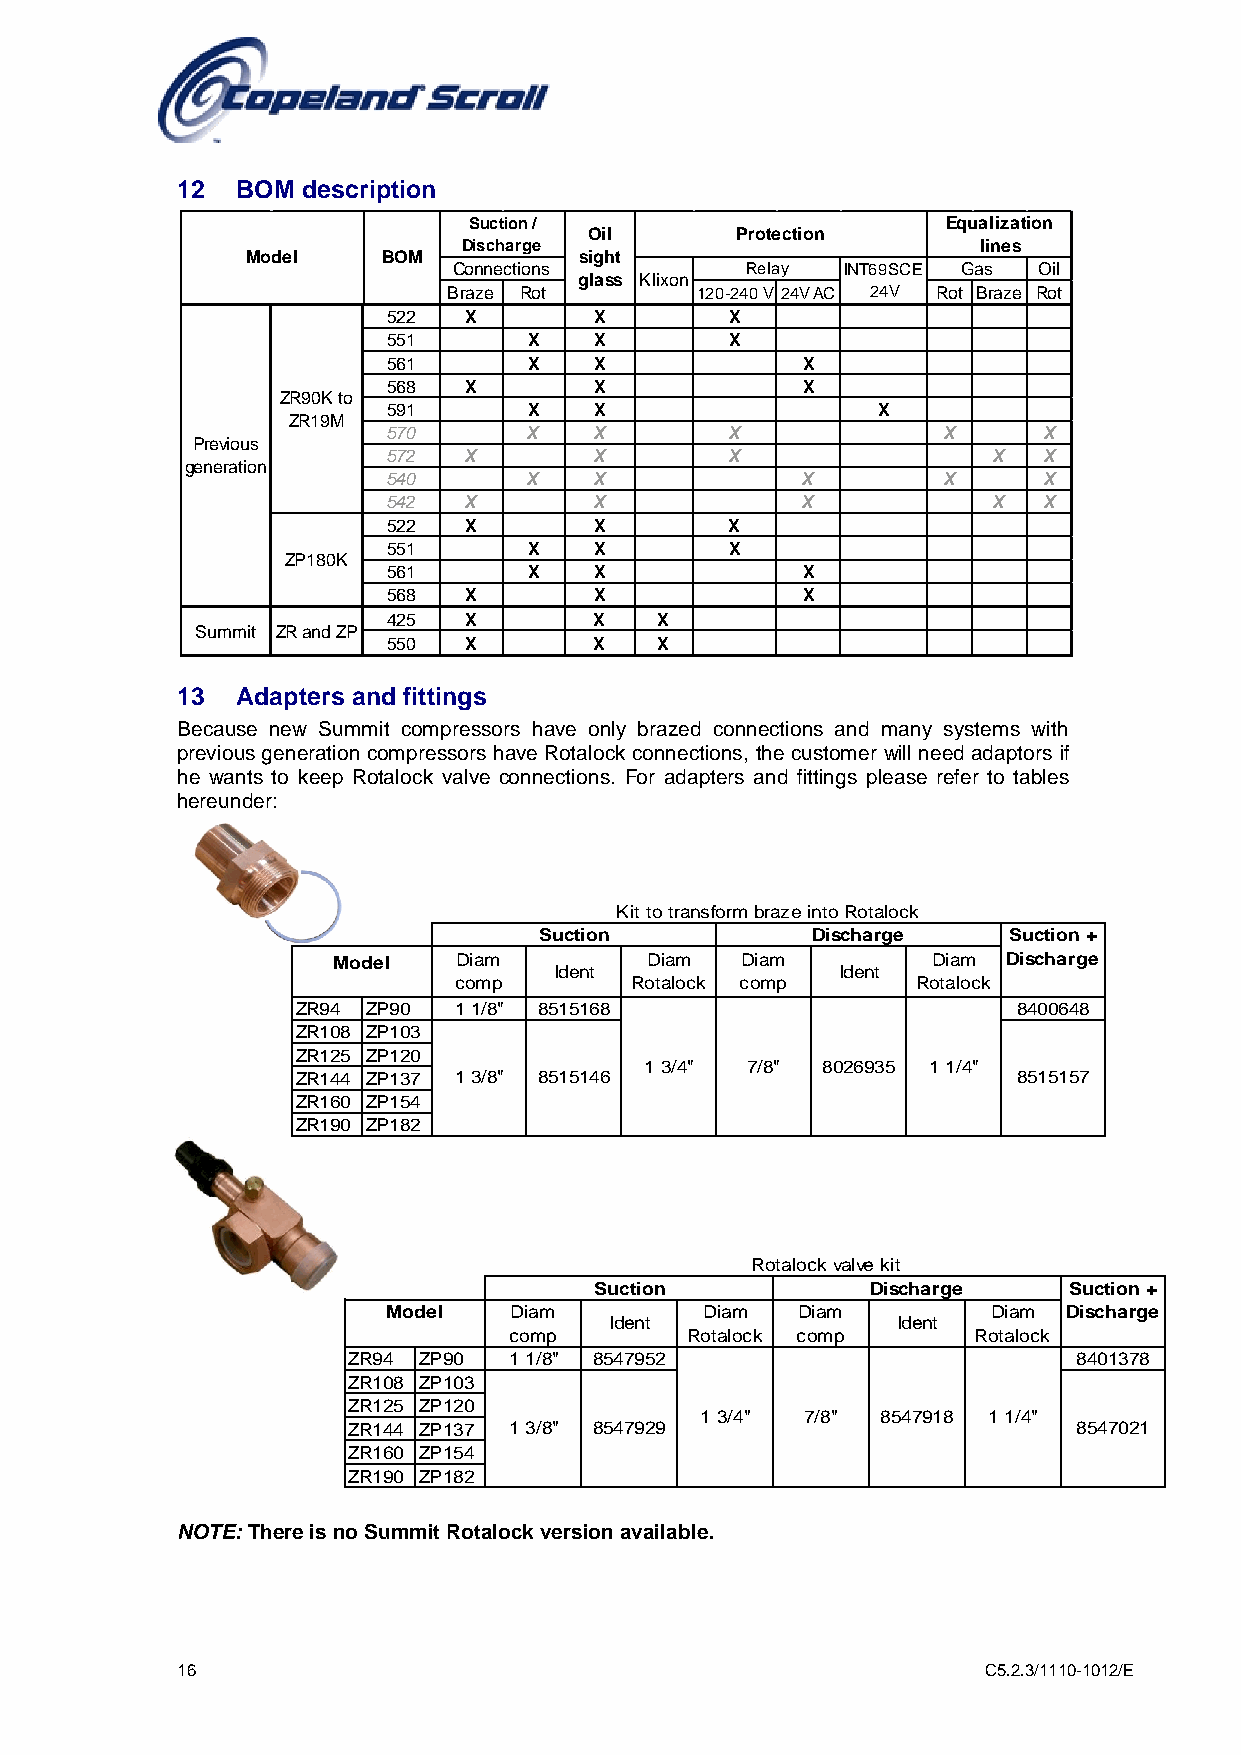
12  BOM description
 Suction /                       Equalization
 Oil       Protection
 Discharge                         lines
 Model    BOM          sight
 Connections        Relay  INT69SCE Gas Oil
 glass Klixon
 Braze Rot       120-240 V 24V AC 24V Rot Braze Rot
 522  X       X        X
 551      X   X        X
 561      X   X             X
 568  X       X             X
 ZR90K to
 591      X   X                  X
 ZR19M
 570      X   X        X             X      X
 Previous
 572  X       X        X                 X  X
 generation
 540      X   X             X        X      X
 542  X       X             X            X  X
 522  X       X        X
 551      X   X        X
 ZP180K
 561      X   X             X
 568  X       X             X
 425  X       X   X
 Summit ZR and ZP
 550  X       X   X
 13  Adapters and fittings
 Because new Summit compressors have only brazed connections and many systems with
 previous generation compressors have Rotalock connections, the customer will need adaptors if
 he wants to keep Rotalock valve connections. For adapters and fittings please refer to tables
 hereunder:
 Kit to transform braze into Rotalock
 Suction           Discharge    Suction +
 Model   Diam
 Ident
 Diam  Diam
 Ident
 Diam Discharge
 comp        Rotalock comp      Rotalock
 ZR94 ZP90 1 1/8" 8515168                       8400648
 ZR108 ZP103
 ZR125 ZP120
 1 3/4" 7/8" 8026935 1 1/4"
 ZR144 ZP137 1 3/8" 8515146                     8515157
 ZR160 ZP154
 ZR190 ZP182
 Rotalock valve kit
 Suction            Discharge    Suction +
 Model   Diam         Diam  Diam         Diam Discharge
 Ident              Ident
 comp       Rotalock comp      Rotalock
 ZR94 ZP90  1 1/8" 8547952                       8401378
 ZR108 ZP103
 ZR125 ZP120
 1 3/4" 7/8" 8547918 1 1/4"
 ZR144 ZP137 1 3/8" 8547929                      8547021
 ZR160 ZP154
 ZR190 ZP182
 NOTE: There is no Summit Rotalock version available.
 16                                                   C5.2.3/1110-1012/E